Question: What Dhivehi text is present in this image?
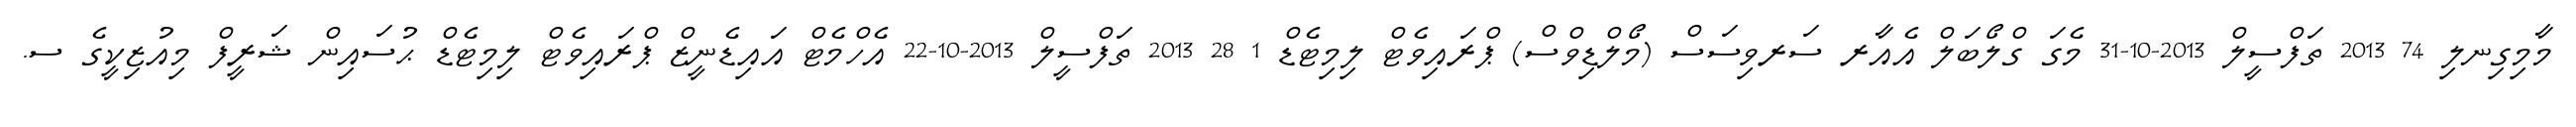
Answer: މާމިގިނލި 74 2013 ތަފްސީލް 2013-10-31 މެގަ ގްލޯބަލް އެއާރ ސަރވިސަސް (މޯލްޑިވްސް) ޕްރައިވެޓް ލިމިޓެޑް 1 28 2013 ތަފްސީލް 2013-10-22 އެހްމެޓް އައިޑެނީޒް ޕްރައިވެޓް ލިމިޓެޑް ޙުސައިން ޝަރީފް މިއުޒިކީގެ ސ.